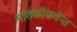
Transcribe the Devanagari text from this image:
पातळीपर्यन्त